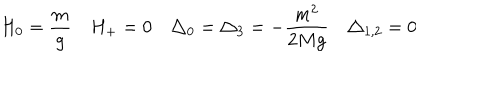
LaTeX: H _ { 0 } = \frac { m } { g } H _ { + } = 0 \triangle _ { 0 } = \triangle _ { 3 } = - \frac { m ^ { 2 } } { 2 M g } \triangle _ { 1 , 2 } = 0